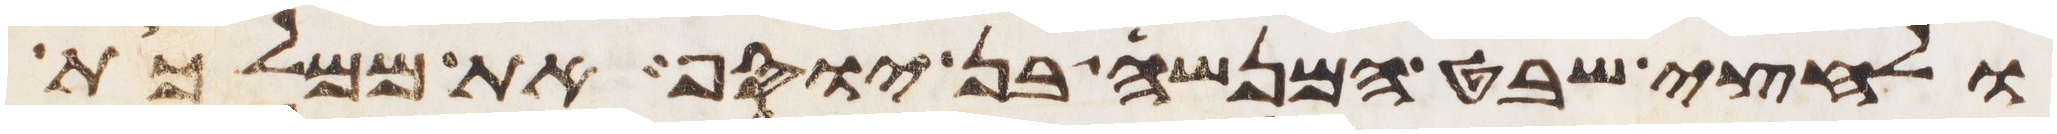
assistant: ולחצי שבט המנשה בן יוסף את ממלכת